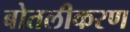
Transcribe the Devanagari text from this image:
बोतलीकरण